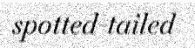
spotted-tailed